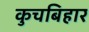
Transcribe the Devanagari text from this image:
कुचबिहार